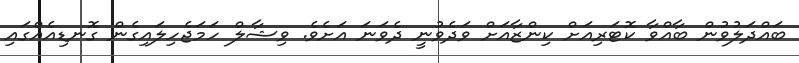
ބައްދަލުވުން ބާއްވާ ކޮޓަރިއަށް ކިންޒާއަށް ވަދެވުނީ ދެވަނަ އަށެވެ. ވިޝާލް ހަމަޖެހިލައިގެން ގޮނޑިއެއްގައި